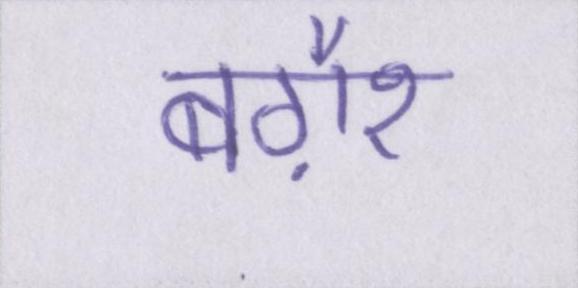
बग़ैर